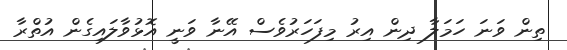
ތިން ވަނަ ހަމަލާ ދިން އިރު މިފަހަރުވެސް އޭނާ ވަނީ އޮޅުވާލައިގެން އުތްރާ